Vital statistics of India. Vol. IV, Annual returns from 1871 to 1876. British Army of India, Native Army and jails of Bengal
Year: 1871
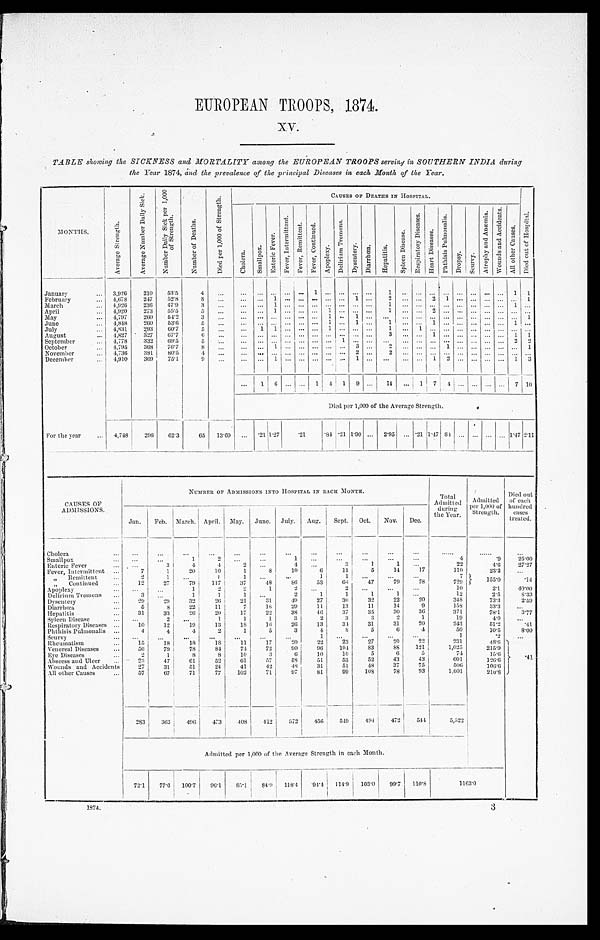
EUROPEAN TROOPS, 1874.
XV.
TABLE showing the SICKNESS and MORTALITY among the EUROPEAN TROOPS serviny in SOUTHERN INDIA during
the Year 1874, rind the prevalence of the principal Diseases in each Month of the Year.
MONTHS.
A v e r a g e S t r e n g t h .
A v e r a g e N u m b e r D a i l y S i c k .
A v e r a g e D a i l y S i c k p e r 1 , 0 0 0 o f S t r e n g t h .
N u m b e r o f D e a t h s .
D i e d p e r 1 , 0 0 0 o f S t r e n g t h .
CAUSES OF DEATHS IN HOSPITAL.
D i e d o u t o f H o s p i t a l .
C h o l e r a .
Sma l l pox.
Ent e r i c Fe ve r .
F e v e r , I n t e r m i t t e n t
F e v e r , R e m i t t e n t .
F e v e r , C o n t i n u e d .
A p o p l e x y .
D e l i r i u m T r e m e n s .
D y s e n t e r y .
Di a r r h œa .
H e p a t i t i s .
S p l e e n D i s e a s e .
R e s p i r a t o r y D i s e a s e s .
H e a r t D i s e a s e s .
P h t h i s i s P u l mo n a l i s .
D r o p s y .
S c u r v y .
A t r o p h y a n d A n æ m i a .
W o u n d s a n d A c c i d e n t s .
Al l o t h e r C a u s e s .
January . . .
3,926
210
53.5
4
. . .
. . .
. . . . . .
. . .
. . .
1
. . .
. . .
. . . . . .
1
. . .
. . . . . .
. . .
. . .
. . . . . . . . .
1
1
February . . .
4,678
247
52.8
8
. . .
. . .
. . . 1
. . .
. . .
. . .
. . .
. . .1
. . .
2 . . .
. . .2
1
. . .
. . .. . . . . . . . .
1
March . . .
4,926
236
47.9
3
. . .
. . . . . .
1
. . .
. . .
. . .
. . .
. . . . . . . . .
1
. . .
. . .. . . . . .
. . .
. . .. . . . . .
1
. . .
April . . .
4,920
273
55.5
5
. . .
. . . . . .
1
. . .
. . .
. . . 1
. . . . . . . . .
1
. . .
. . . 2 . . .
. . .
. . .. . . . . . . . .
. . .
May . . .
4,797
260
54.2
3
. . .
. . .
. . . . . .
. . .
. . .
. . . 1
. . . 1 . . .
. . . . . .
. . .
. . . . . .
. . .
. . . . . . . . . . . .
1
June . . .
4,848
260
53.6
5
. . .
. . . . . . . . .
. . .
. . .
. . .
1
. . . 1 . . .
1
. . .
. . .
1 . . .
. . .
. . .. . . . . . 1
. . .
July . . .
4,831
293
60.7
5
. . .
. . . 1
1
. . .
. . .
. . .
1
. . . . . .. . .
1 . . .
1
. . .. . .
. . .
. . . . . . . . . . . . . . .
August . . .
4,827
327
67.7
6
. . .
. . .
. . . . . .
. . .
. . .
. . .
. . .
. . . . . . . . .
3 . . .
. . .
1 . . .
. . .
. . .. . . . . . 1
1
September . . .
4,778
332
69.5
5
. . .
. . .
. . . . . .
. . .
. . .
. . .
. . .
1 . . . . . .
. . .
. . .
. . .
. . .. . .
. . .
. . . . . . . . . 2
2
October . . .
4,795
368
76.7
8
. . .
. . . . . . 1
. . .
. . .
. . .
. . .
. . .3
. . .
2 . . .
. . .
. . .1
. . .
. . .. . . . . . . . .
1
November . . .
4,736
381
80.5
4
. . .
. . . . . . . . .
. . .
. . .
. . .
. . .
. . .2
. . .
2
. . .
. . . . . . . . .
. . .
. . . . . . . . . . . .
. . .
December . . .
4,910
369
75'1
9
. . .
. . . . . .
1
. . .
. . .
. . .
. . .
. . .
1
. . .
. . .
. . .
. . . 1
2
. . .
. . .. . . . . . 1
3
. . . 1
6
. . .
. . .
1
4
1
9 . . .
14 . . .
1 7
4
. . .
. . . . . . . . .
7 10
Died per 1,000 of the Average Strength.
For the year . . .
4,748
296
6 2 . 3
65
13.69
. . .
.21 1.27
.21
.84 .21 1.90 . . .
2.95
. . . .21 1.47 84
. . .
. . . . . . . . . 1.47 2.11
CAUSES OF
ADMISSIONS.
NUMBER OF ADMISSIONS INTO HOSPITAL IN EACH MONTH.
T o t a l
Admitted
during
the Year.
Admit ted
per 1,000 of
Strength.
Died out
of each
hundred
eases
treated.
Jan.
Feb.
March. April.
May.
June.
July.
Aug.
Sept.
Oct.
Nov.
Dec.
Cholera . . .
. . .
. . .
—
. . .
. . .
. . .
. . .
. . .
. . .
. . .
. . .
. . .
. . .
. . .
. . .
. . .
Smallpox . . .
. . .
. . .
1
2
. . .
. . .
. . .
. . .
. . .
. . .
. . .
4
.9
25.00
Enteric Fever . . .
. . .
3
4
4
2
. . .
4
. . .
3
1
1
22
4.6
27.27
Fever, Intermittent . . .
7
1
20
10
1
8
10
6
11
2
14
17
110
23.2
. . .
" Remittent tent . . .
2
1
. . .
1
1
. . .
. . .
1
1
. . .
. . .
. . .
7
155.0
.14
" Continued . . .
12
27
79
117
37
48
86
53
66
47
79
78
729
Apoplexy . . .
. . .
. . .
1
2
2
1
2
. . .
2
. . .
. . .
. . .
10
2.1
40.00
Delirium Tremens . . .
3
. . .
1
' 1
1
. . .
2
1
1
1
1
. . .
12
2.5
8.33
Dysentery . . .
29
29
32
26
21
31
49
27
30
32
22
20
348
73.3
2.59
Diarrhœa . . .
6
8
22
11
7
18
29
11
13
11
14
9
158
33.3
. . .
Hepatitis . . .
31
33
26
20
17
22
38
46
37
35
30
36
371
78.1
3.77
Spleen Disease . . .
. . .
2
. . .
1
1
1
3
2
3
3
2
1
19
4.0
. . .
Respiratory Diseases . . .
10
12
19
13
18
16
20
13
34.
31
31
20
243
51.2
.41
Phthisis Pulmonalis . . .
4
4
4
2
1
5
3
4
8
5
6
4
50
10.5
8.00
Scurvy . . .
. . ..
. .
. . .
. . .
. . .
. . .
. . .
1
. . .
. . .
. . .
. . .
1
. 2
. . .
Rheumatism . . .
15
18
18
18
11
17
2 0
22
23
27
20
22
231
48.6
.4 1
Venereal Diseases . . .
56
79
78
84
74
72
90
96
104
83
88
121
1,025
215.9
Eye Diseases . . .
2
1
8
8
10
3
6
10
10
5
6
5
74
15.6
Abscess and Ulcer . . .
23
4 7
61
52
61
57
58
51
53
52
43
43
601
126.6
Wounds and Accidents . . .
27 31
51
24
41
42
4 8
31
51
48
37
75
506
106.6
All other Causes . . .
57
67
71
77
102
71
97
81
99
108
78
93
1,001
210.8
283
363
496 473
408
412
572
4 5 6
549
494472
544
5,522
Admitted per 1,000 of the Average Strength in each Month.
72.1
77.6
100.7
96.1
85.1
84.9
118.4
94.4
114.9
103.0
99.7
110.8
1163.0
1874.